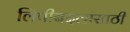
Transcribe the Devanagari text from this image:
लिपीबदलासाठी